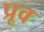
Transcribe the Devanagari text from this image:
प्रूव